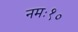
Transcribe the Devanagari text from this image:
नमः१०